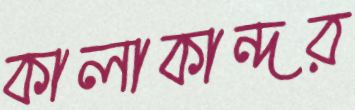
কালাকান্দর